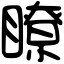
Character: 瞭